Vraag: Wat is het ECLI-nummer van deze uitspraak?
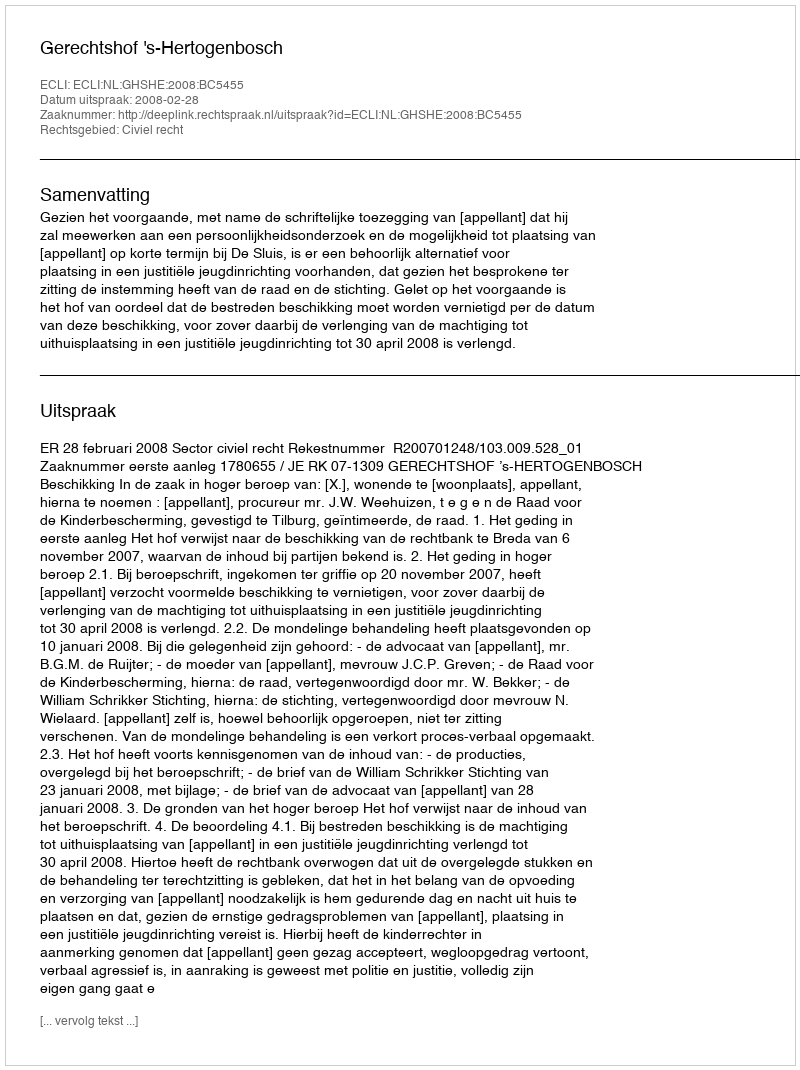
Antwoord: ECLI:NL:GHSHE:2008:BC5455